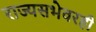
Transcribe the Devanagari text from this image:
राज्यसभेवरही